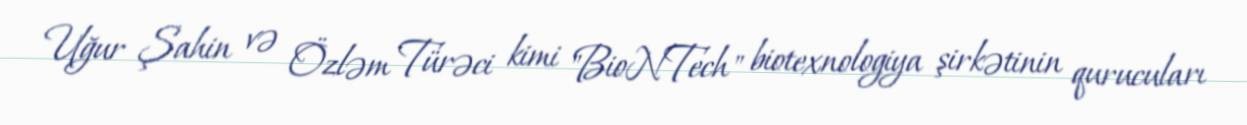
Uğur Şahin və Özləm Türəci kimi "BioNTech" biotexnologiya şirkətinin qurucuları